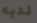
لديه